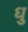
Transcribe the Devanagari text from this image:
धु